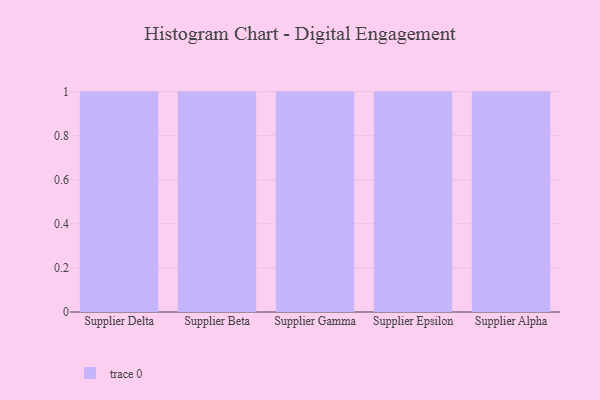
{"axis": {"x": "Supplier", "y": "Operating Costs (USD K)"}, "legend": [""], "data": [{"x": "Supplier Delta", "y": 59, "type": ""}, {"x": "Supplier Beta", "y": 17, "type": ""}, {"x": "Supplier Gamma", "y": 93, "type": ""}, {"x": "Supplier Epsilon", "y": 88, "type": ""}, {"x": "Supplier Alpha", "y": 10, "type": ""}]}